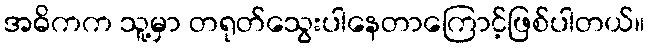
အဓိကက သူ့မှာ တရုတ်သွေးပါနေတာကြောင့်ဖြစ်ပါတယ်။